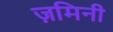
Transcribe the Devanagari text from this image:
ज़मिनी